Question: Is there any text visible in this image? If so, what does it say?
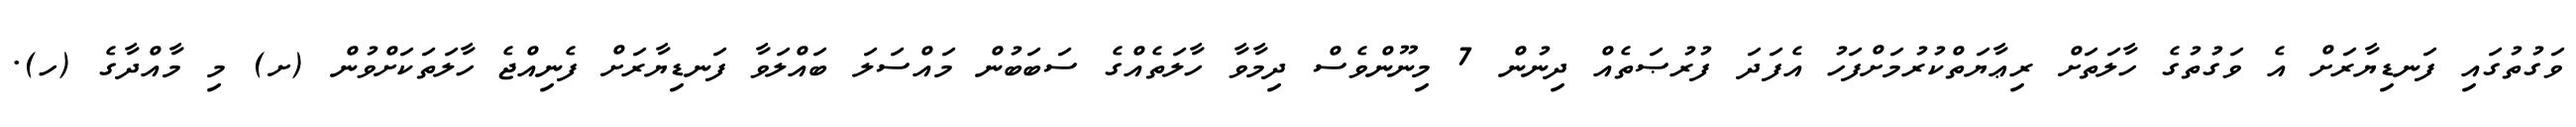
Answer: ވަގުތުގައި ފަނޑިޔާރަށް އެ ވަގުތުގެ ހާލަތަށް ރިޢާޔަތްކުރުމަށްފަހު އެފަދަ ފުރުޞަތެއް ދިނުން 7 މިނޫންވެސް ދިމާވާ ހާލަތެއްގެ ސަބަބުން މައްސަލަ ބައްލަވާ ފަނޑިޔާރަށް ފެނިއްޖެ ހާލަތަކަށްވުން (ށ) މި މާއްދާގެ (ހ).